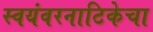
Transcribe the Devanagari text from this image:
स्वयंवरनाटिकेचा